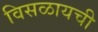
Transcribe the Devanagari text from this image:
विसळायची